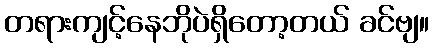
တရားကျင့်နေဘိုပဲရှိတော့တယ် ခင်ဗျ။